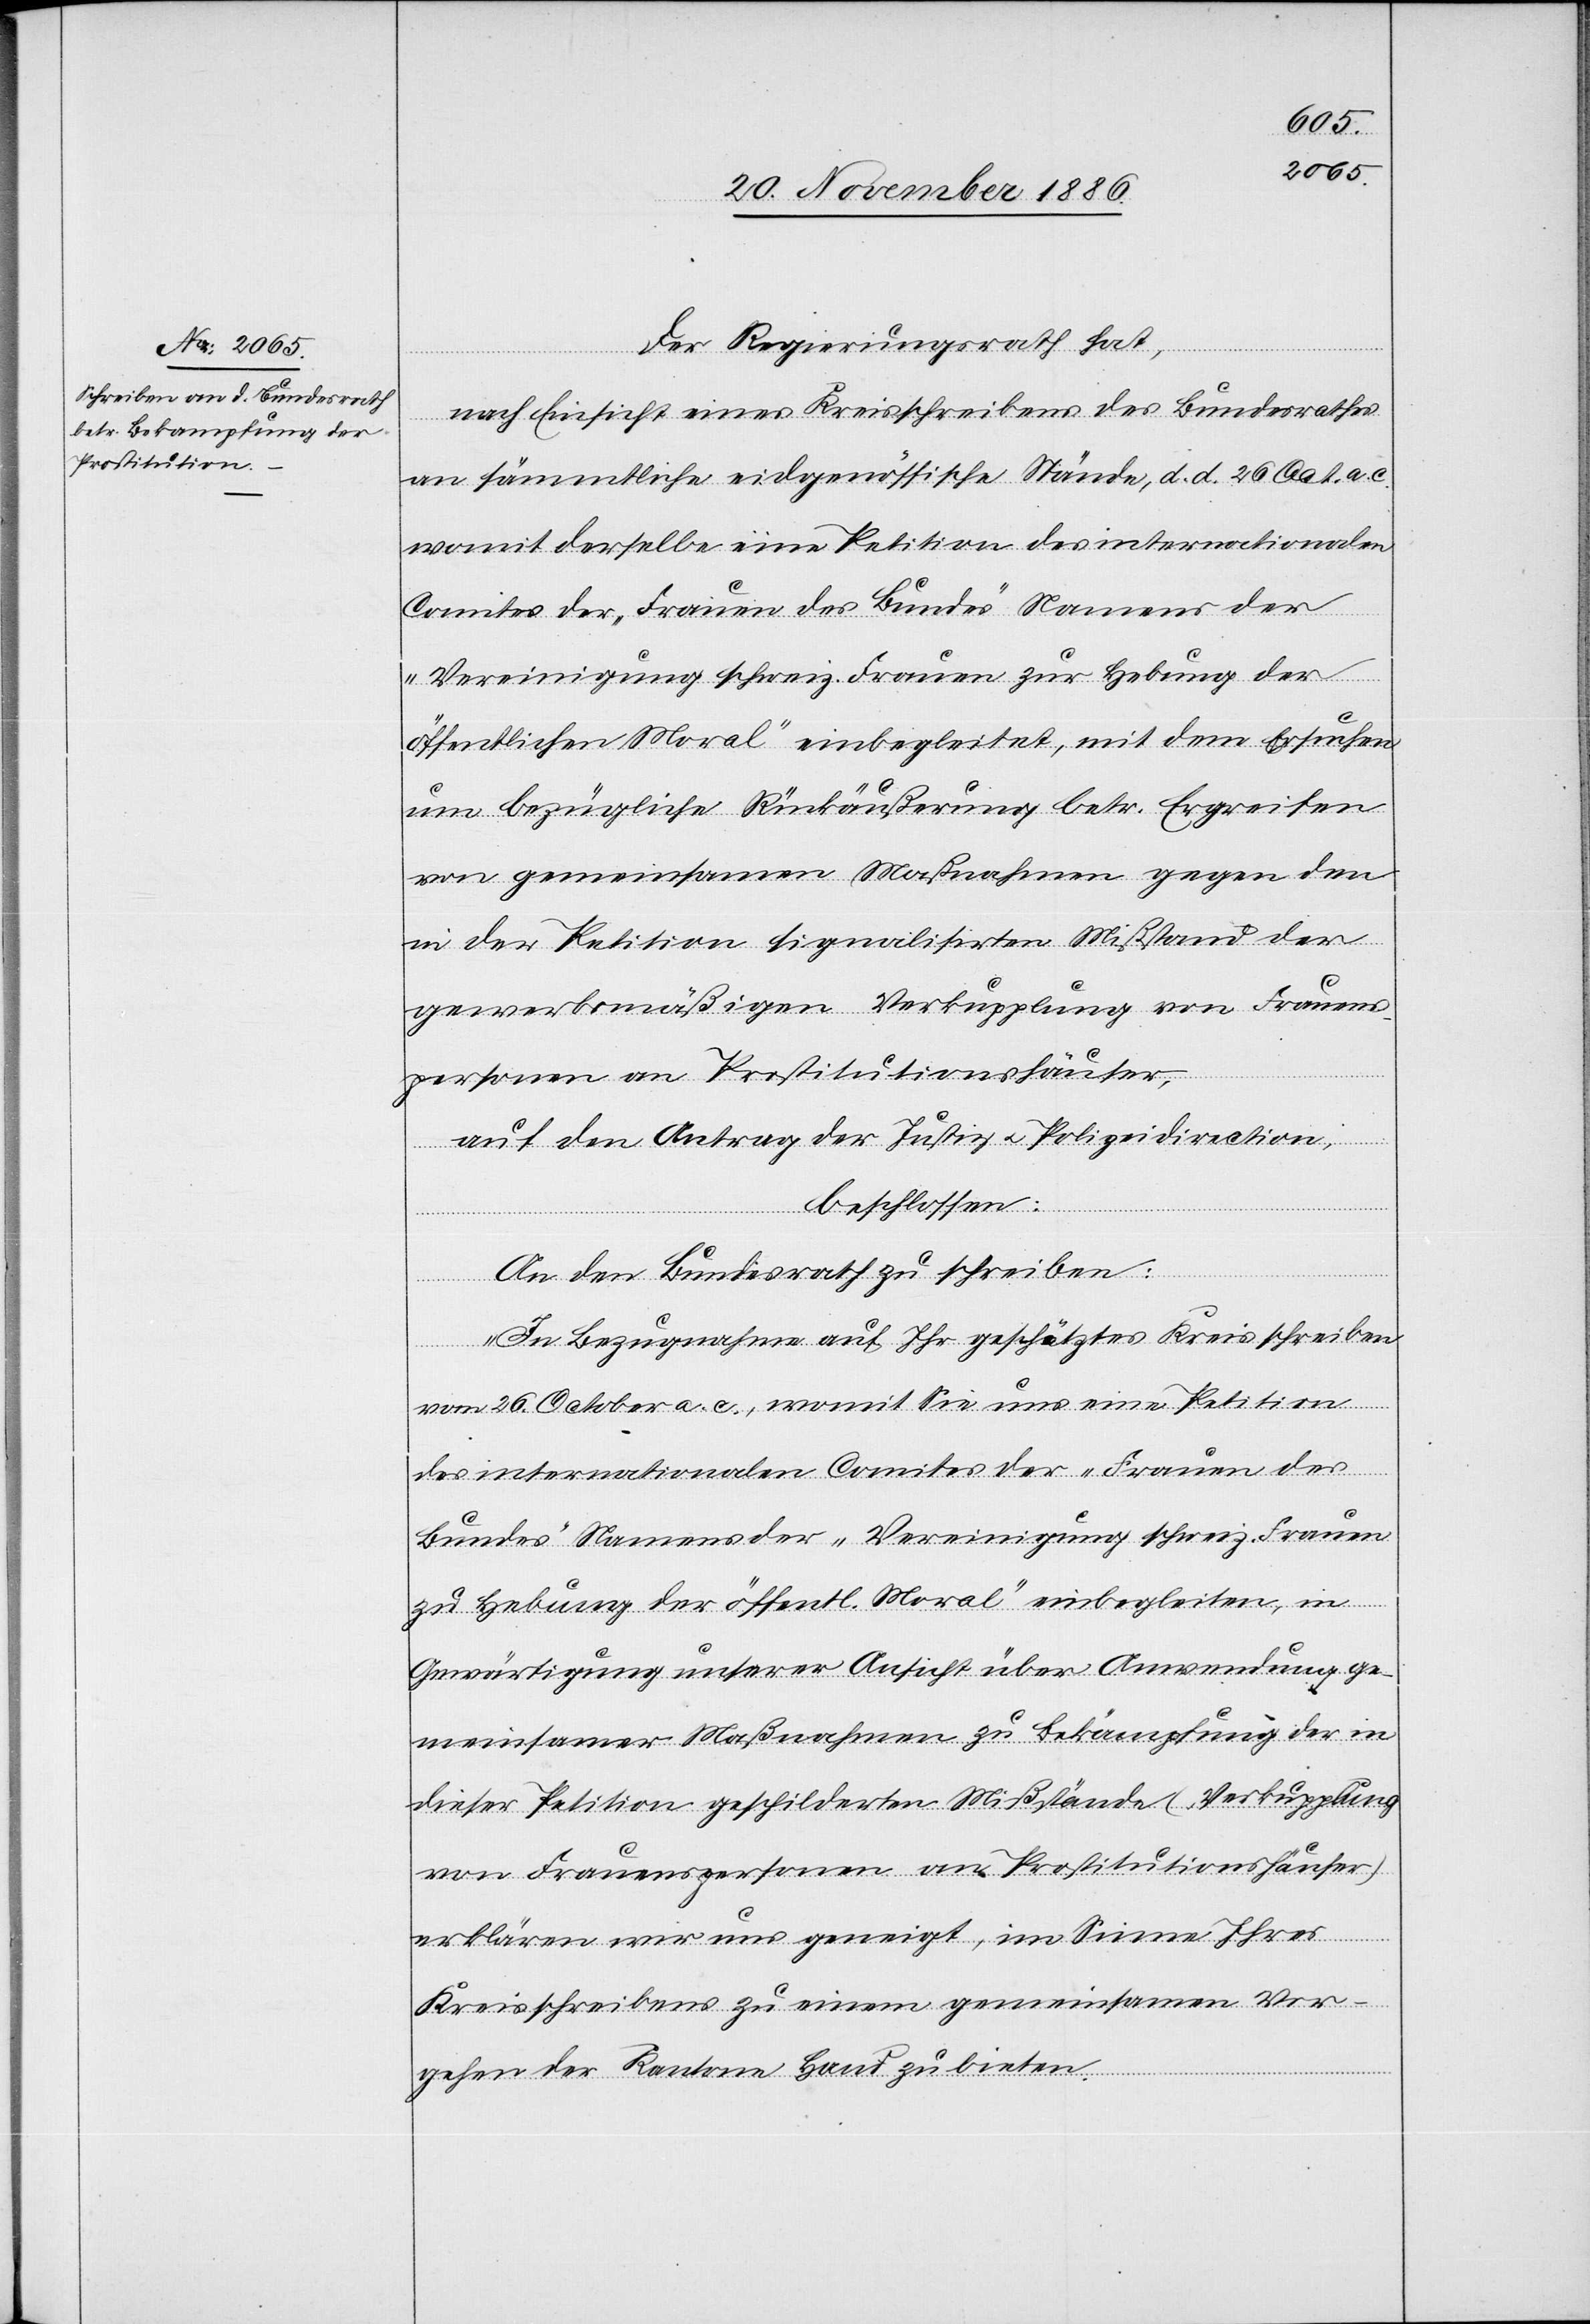
Der Regierungsrath hat,
nach Einsicht eines Kreisschreibens des Bundesrathes
an sämmtliche eidgenössische Stände, d. d. 26. Oct. a. c.
womit derselbe eine Petition des internationalen
Comites der „Frauen des Bundes“ Namens der
„Vereinigung schweiz. Frauen zur Hebung der
öffentlichen Moral“ einbegleitet, mit dem Ersuchen
um bezügliche Rückäußerung betr. Ergreifen
von gemeinsamen Maßnahmen gegen den
in der Petition signalisirten Mißstand der
gewerbsmäßigen Verkupplung von Frauens¬
personen an Prostitutionshäuser,
auf den Antrag der Justiz[-] & Polizeidirection,
beschlossen:
An den Bundesrath zu schreiben:
„In Bezugnahme auf Ihr geschätztes Kreisschreiben
vom 26. October a. c., womit Sie uns eine Petition
des internationalen Comites der „Frauen des
Bundes“ Namens der „Vereinigung schweiz. Frauen
zu Hebung der öffentl. Moral“ einbegleiten, in
Gewärtigung unserer Ansicht über Anwendung ge¬
meinsamer Maßnahmen zu Bekämpfung der in
dieser Petition geschilderten Mißstände (Verkupplung
von Frauenspersonen an Prostitutionshäuser
erklären wir uns geneigt, im Sinne Ihres
Kreisschreibens zu einem gemeinsamen Vor¬
gehen der Kantone Hand zu bieten.